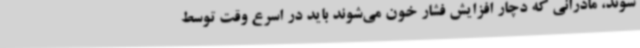
شوند، مادرانی که دچار افزایش فشار خون می‌شوند باید در اسرع وقت توسط